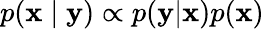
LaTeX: p(\mathbf{x}\mid\mathbf{y})\propto p(\mathbf{y}|\mathbf{x})p(\mathbf{x})